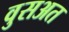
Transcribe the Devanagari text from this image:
वुसअत